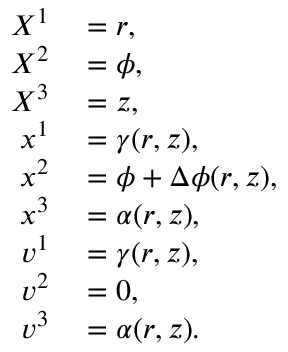
\begin{array} { r l } { X ^ { 1 } } & { { } = r , } \\ { X ^ { 2 } } & { { } = \phi , } \\ { X ^ { 3 } } & { { } = z , } \\ { x ^ { 1 } } & { { } = \gamma ( r , z ) , } \\ { x ^ { 2 } } & { { } = \phi + \Delta \phi ( r , z ) , } \\ { x ^ { 3 } } & { { } = \alpha ( r , z ) , } \\ { v ^ { 1 } } & { { } = \gamma ( r , z ) , } \\ { v ^ { 2 } } & { { } = 0 , } \\ { v ^ { 3 } } & { { } = \alpha ( r , z ) . } \end{array}